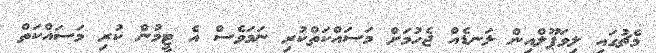
މެޗުގައި ލިވަޕޫލްއިން ލަނޑެއް ޖެހުމަށް މަސައްކަތްކުރި ނަމަވެސް އެ ޓީމުން ކުރި މަސައްކަތް